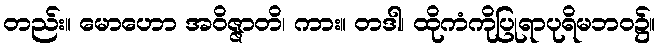
တည်း။ မောဟော အဝိဇ္ဇာတိ၊ ကား။ တဒါ၊ ထိုကံကိုပြုရာပုရိမဘဝ၌။